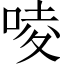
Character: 㖫